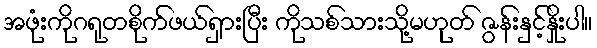
အဖုံးကိုဂရုတစိုက်ဖယ်ရှားပြီး ကိုသစ်သားသို့မဟုတ် ဇွန်းနှင့်နှိုးပါ။